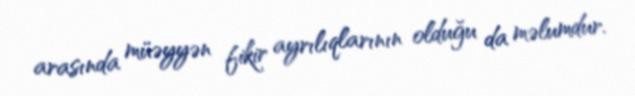
arasında müəyyən fikir ayrılıqlarının olduğu da məlumdur.